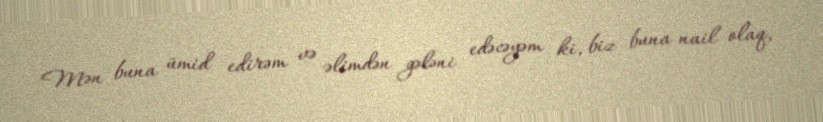
Mən buna ümid edirəm və əlimdən gələni edəcəyəm ki, biz buna nail olaq,